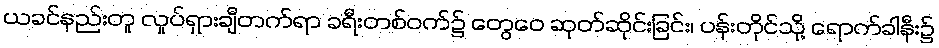
ယခင်နည်းတူ လှုပ်ရှားချီတက်ရာ ခရီးတစ်ဝက်၌ တွေဝေ ဆုတ်ဆိုင်းခြင်း၊ ပန်းတိုင်သို့ ရောက်ခါနီး၌